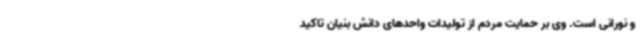
و نورانی است. وی بر حمایت مردم از تولیدات واحدهای دانش بنیان تاکید